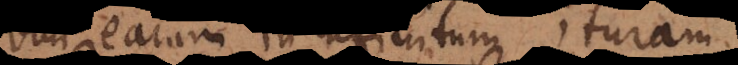
vim earum in infinitum ituram